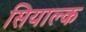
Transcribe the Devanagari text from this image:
सियाल्क